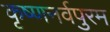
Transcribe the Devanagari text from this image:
कृष्णनर्वपुरम